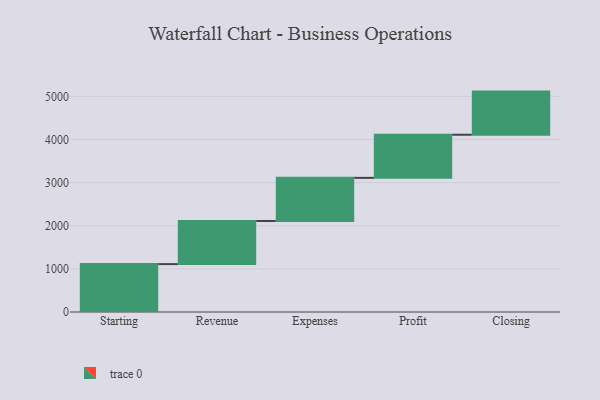
{"axis": {"x": "Step", "y": "Value"}, "legend": [""], "data": [{"x": "Starting", "y": 1110.0, "type": ""}, {"x": "Revenue", "y": 1000, "type": ""}, {"x": "Expenses", "y": 1000, "type": ""}, {"x": "Profit", "y": 1000, "type": ""}, {"x": "Closing", "y": 1000, "type": ""}]}